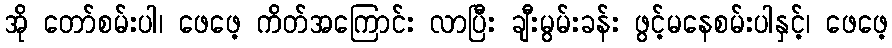
အို တော်စမ်းပါ၊ ဖေဖေ့ ကိတ်အကြောင်း လာပြီး ချီးမွမ်းခန်း ဖွင့်မနေစမ်းပါနှင့်၊ ဖေဖေ့